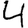
Digit: 4